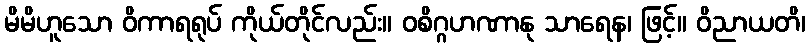
မိမိဟူသော ဝိကာရရုပ် ကိုယ်တိုင်လည်း။ ဝစိဂ္ဂဟဏာနု သာရေန၊ ဖြင့်။ ဝိညာယတိ၊